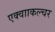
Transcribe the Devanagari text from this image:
एक्वााकल्चर